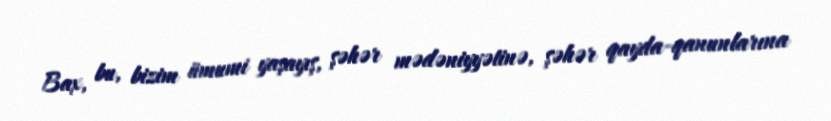
Bax, bu, bizim ümumi yaşayış, şəhər mədəniyyətinə, şəhər qayda-qanunlarına